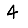
Digit: 4